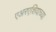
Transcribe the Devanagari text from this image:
एअरएशियाच्या